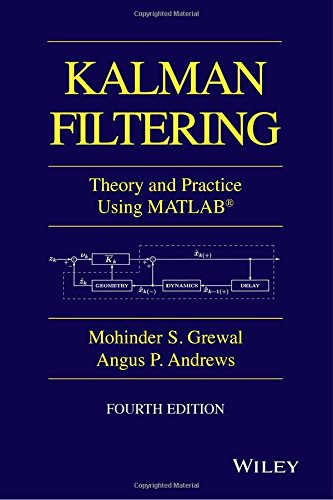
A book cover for Kalman Filtering: Theory and Practice with MATLAB; Mohinder S. Grewal; Computers & Technology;